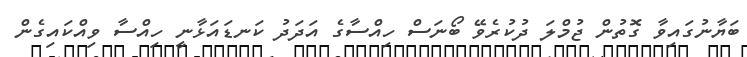
ބަޔާނުގައިވާ ގޮތުން ޖުމްލަ ދުކުރެވޭ ބޯނަސް ހިއްސާގެ އަދަދު ކަނޑައަޅާނީ ހިއްސާ ވިއްކައިގެން